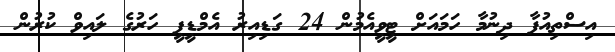
އިސްތިއުފާ ދިނުމާ ހަމައަށް ޓީވީއެމުން 24 ގަޑިއިރު އެމްޑީޕީ ހަރުގެ ލައިވް ކުރުން